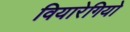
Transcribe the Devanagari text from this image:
वियारेगियो